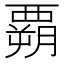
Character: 𲁌